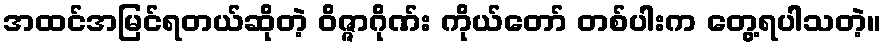
အထင်အမြင်ရတယ်ဆိုတဲ့ ဝိဇ္ဇာဂိုဏ်း ကိုယ်တော် တစ်ပါးက တွေ့ရပါသတဲ့။